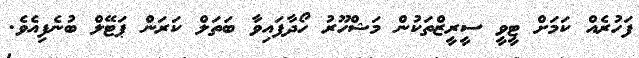
ފަހުރެއް ކަމަށް ޓީވީ ސީރީޒްތަކުން މަޝްހޫރު ހޯދާފައިވާ ބަތަލް ކަރަން ޕަޓޭލް ބުނެފިއެވެ.